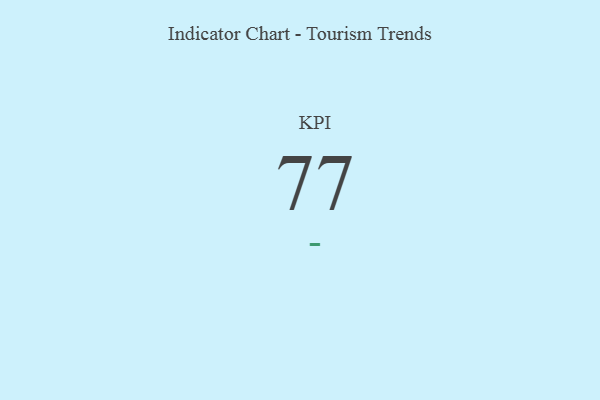
{"axis": {"x": "KPI", "y": "Value"}, "legend": [""], "data": [{"x": "KPI", "y": 77, "type": ""}]}